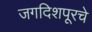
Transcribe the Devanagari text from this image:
जगदिशपूरचे